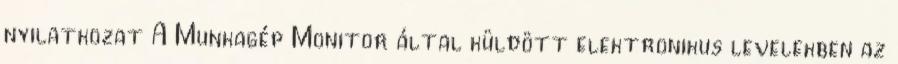
nyilatkozat A Munkagép Monitor által küldött elektronikus levelekben az